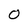
Character: O